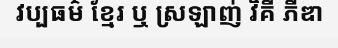
វប្បធម៌ ខ្មែរ ឬ ស្រឡាញ់ វិគី ភីឌា